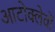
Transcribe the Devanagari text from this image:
आटोक्लेवों